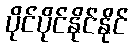
ပိုင်ပိုင်နိုင်နိုင်